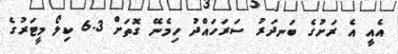
އެއީ އެ ރަށުގެ ބަނދަރު ސަރަހައްދު ހިމެނޭ ގޮތަށް 6.3 ކިލޯ މީޓަރުގެ